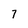
Character: 7